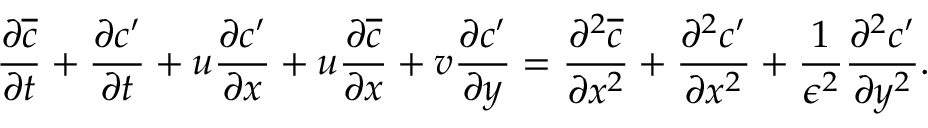
\frac { \partial \overline { { c } } } { \partial t } + \frac { \partial c ^ { \prime } } { \partial t } + u \frac { \partial c ^ { \prime } } { \partial x } + u \frac { \partial \overline { { c } } } { \partial x } + v \frac { \partial c ^ { \prime } } { \partial y } = \frac { \partial ^ { 2 } \overline { { c } } } { \partial x ^ { 2 } } + \frac { \partial ^ { 2 } c ^ { \prime } } { \partial x ^ { 2 } } + \frac { 1 } { \epsilon ^ { 2 } } \frac { \partial ^ { 2 } c ^ { \prime } } { \partial y ^ { 2 } } .